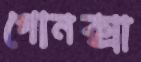
গোনক্সা